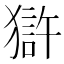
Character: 𤡈